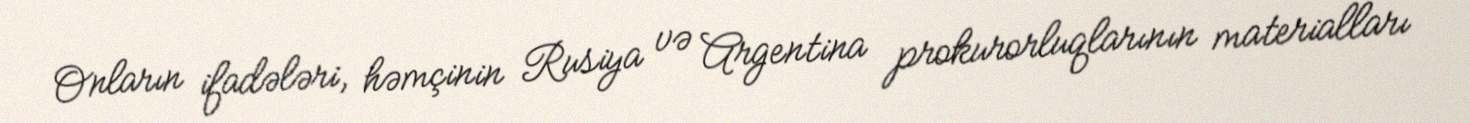
Onların ifadələri, həmçinin Rusiya və Argentina prokurorluqlarının materialları